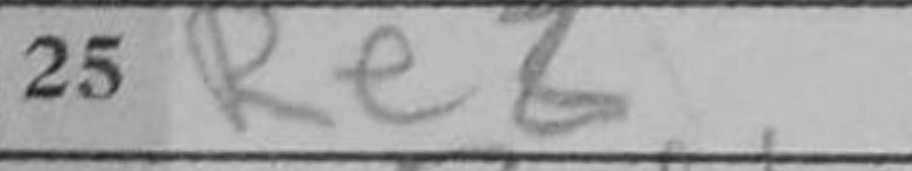
Transcription: Re3